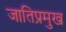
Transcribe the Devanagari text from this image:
जातिप्रमुख